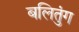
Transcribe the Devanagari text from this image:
बलितुंग